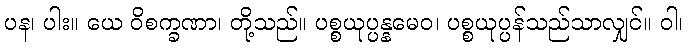
ပန၊ ပါး။ ယေ ဝိစက္ခဏာ၊ တို့သည်။ ပစ္စယုပ္ပန္နမေဝ၊ ပစ္စယုပ္ပန်သည်သာလျှင်။ ဝါ၊